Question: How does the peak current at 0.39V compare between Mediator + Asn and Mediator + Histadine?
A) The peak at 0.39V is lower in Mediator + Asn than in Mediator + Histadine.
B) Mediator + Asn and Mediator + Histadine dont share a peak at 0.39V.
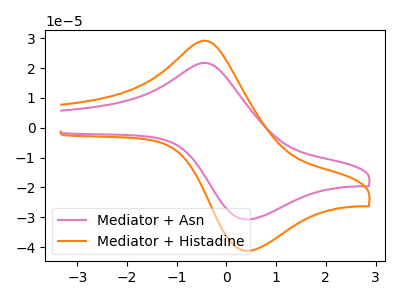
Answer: <think>The pink curve "Mediator + Asn" has an anodic peak at (-0.35V, 21.55uA) and a cathodic peak at (0.40V, -30.70uA). The orange curve "Mediator + Histadine" has an anodic peak at (-0.35V, 28.95uA) and a cathodic peak at (0.40V, -41.20uA).</think>
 <answer>A) The peak at 0.39V is lower in "Mediator + Asn" than in "Mediator + Histadine".</answer>
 <eval>A</eval>